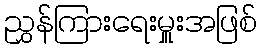
ညွှန်ကြားရေးမှူးအဖြစ်